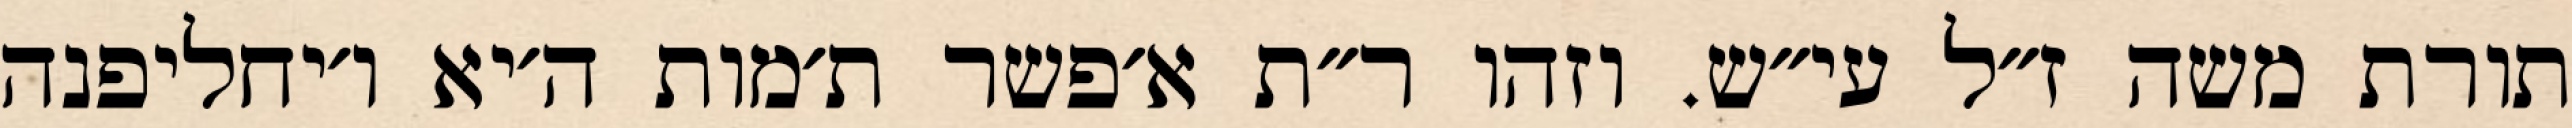
תורת משה ז״ל עי״ש. וזהו ר״ת א׳פשר ת׳מות ה׳יא ו׳יחליפנה